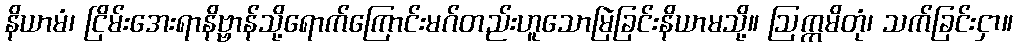
နိယာမံ၊ ငြိမ်းအေးရာနိဗ္ဗာန်သို့ရောက်ကြောင်းမဂ်တည်းဟူသောမြဲခြင်းနိယာမသို့။ ဩက္ကမိတုံ၊ သက်ခြင်းငှာ။